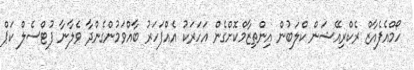
ހޯމްއެފެއާޒް ރެކްރިއޭޝަން ކްލަބުން އިންތިޒާމްކޮށްގެން އަހަރަކު އެއްފަހަރު ބާއްވަމުންގެންދާ ވެލާނާ ފުޓްސެލް ކަޕް